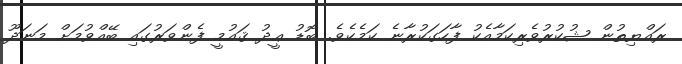
ރައްޔިތުން ޝުކުރުވެރިކަމާއެކު ފާހަގަކުރާނެ ކަމެކެވެ. ބޮޑު ޢީދު ޤައުމީ ފެންވަރުގައި ބޭއްވުމަށް މަނަދޫ